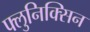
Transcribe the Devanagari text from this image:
फ्लुनिक्सिन